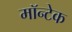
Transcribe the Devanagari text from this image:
मॉन्टेक